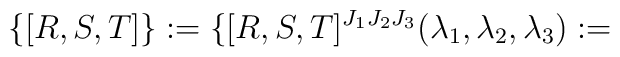
\{ [R,S,T]\} := \{[R,S,T]^{J_1J_2J_3}(\lambda_1,\lambda_2,\lambda_3) :=